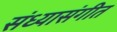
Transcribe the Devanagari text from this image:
संध्यासंगीत